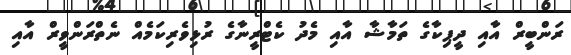
ރަންބީރް އާއި ދީޕިކާގެ ތަމާޝާ އާއި މެދު ކެޓްރީނާގެ ރުޅިވެރިކަމެއް ނެތްރަންވީރް އާއި